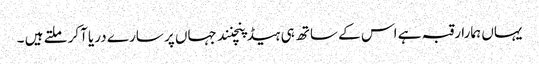
یہاں ہمارا رقبہ ہے اس کے ساتھ ہی ہیڈ پنچنند جہاں پر سارے دریا آکر ملتے ہیں ۔